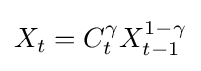
X_{t}=C_{t}^{\gamma }X_{t-1}^{1-\gamma }